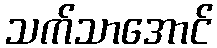
သက်သာအောင်